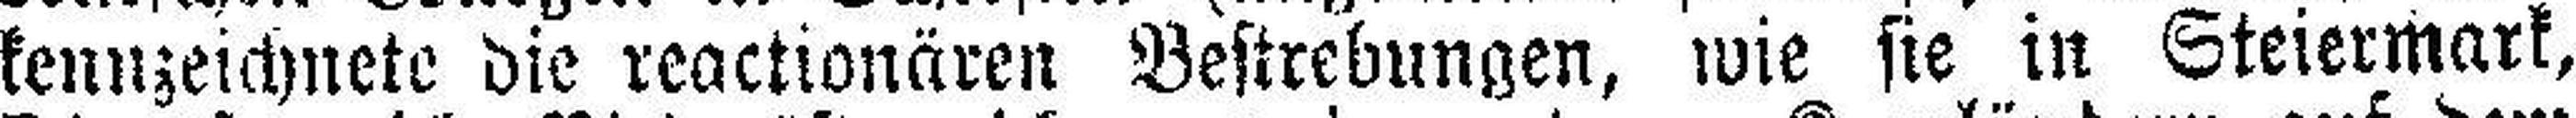
kennzeichnete die reactionären Bestrebungen, wie sie in Steiermark,